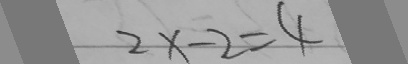
2 x - 2 = 4